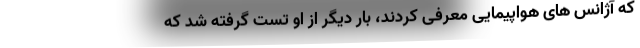
که آژانس های هواپیمایی معرفی کردند، بار دیگر از او تست گرفته شد که